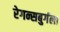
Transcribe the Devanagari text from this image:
रेगन्सबुर्गला